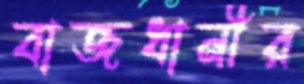
বাজধানীর